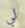
لي